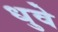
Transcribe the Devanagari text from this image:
धुवे